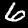
Digit: 6